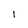
Character: 1